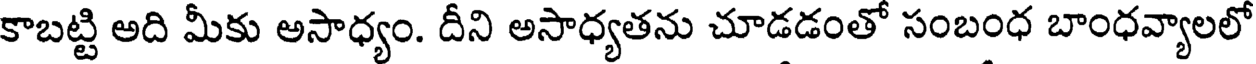
కాబట్టి అది మీకు అసాధ్యం. దీని అసాధ్యతను చూడడంతో సంబంధ బాంధవ్యాలలో